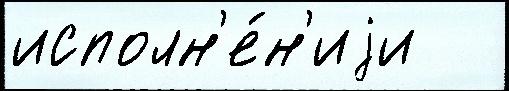
исполн'е́н'иjи